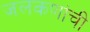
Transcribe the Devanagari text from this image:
जलकणांची